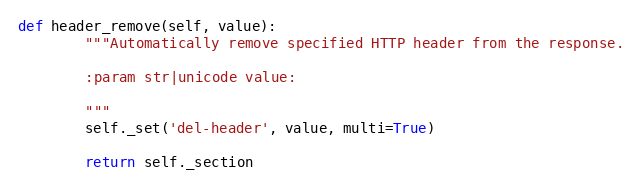
Language: Python
def header_remove(self, value):
        """Automatically remove specified HTTP header from the response.

        :param str|unicode value:

        """
        self._set('del-header', value, multi=True)

        return self._section